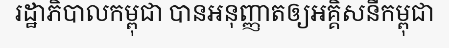
រដ្ឋាភិបាលកម្ពុជា បានអនុញ្ញាតឲ្យអគ្គិសនីកម្ពុជា